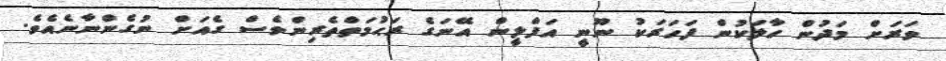
ވަރަށް މަދުން ހާލަކުން ފަހަރަކު ނޫނީ އަފްލީން އޭނަގެ ރަޙުމަތްތެރިންވެސް ގެއަށް ނުގެންނާނެއެވެ.